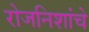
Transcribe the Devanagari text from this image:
रोजनिशांचे